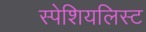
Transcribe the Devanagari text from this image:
स्पेशियलिस्ट